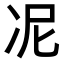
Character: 𭂊